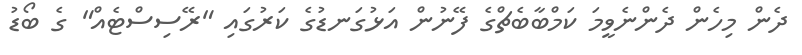
ދެން މިހެން ދެންނެވީމަ ކަމްބާބެޗްގެ ފޭނުން އަޅުގަނޑުގެ ކަރުގައި "ރޭސިސްޓެއް" ގެ ބޯޑު